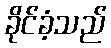
ခိုင်ခံ့သည်